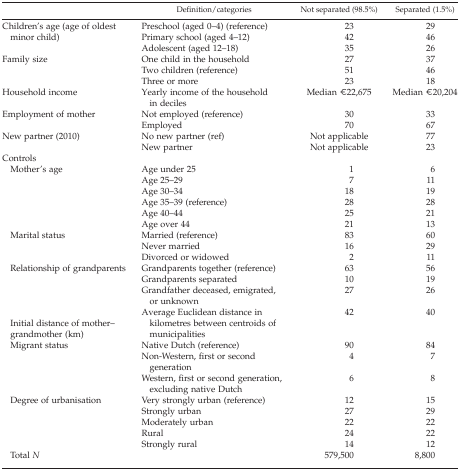
|  | Definition/categories | Not separated (98.5%) | Separated (1.5%) |
 | --- | --- | --- | --- |
 | <ROWSPAN=3> Children's age (age of oldest minor child) | Preschool (aged 0–4) (reference) | 23 | 29 |
 | Primary school (aged 4–12) | 42 | 46 |
 | Adolescent (aged 12–18) | 35 | 26 |
 | <ROWSPAN=3> Family size | One child in the household | 27 | 37 |
 | Two children (reference) | 51 | 46 |
 | Three or more | 23 | 18 |
 | Household income | Yearly income of the household in deciles | Median €22,675 | Median €20,204 |
 | <ROWSPAN=2> Employment of mother | Not employed (reference) | 30 | 33 |
 | Employed | 70 | 67 |
 | <ROWSPAN=2> New partner (2010) | No new partner (ref) | Not applicable | 77 |
 | New partner | Not applicable | 23 |
 | Controls |  |  |  |
 | Mother's age | Age under 25 | 1 | 6 |
 |  | Age 25–29 | 7 | 11 |
 |  | Age 30–34 | 18 | 19 |
 |  | Age 35–39 (reference) | 28 | 28 |
 |  | Age 40–44 | 25 | 21 |
 |  | Age over 44 | 21 | 13 |
 | Marital status | Married (reference) | 83 | 60 |
 |  | Never married | 16 | 29 |
 |  | Divorced or widowed | 2 | 11 |
 | Relationship of grandparents | Grandparents together (reference) | 63 | 56 |
 |  | Grandparents separated | 10 | 19 |
 |  | Grandfather deceased, emigrated, or unknown | 27 | 26 |
 | Initial distance of mother–grandmother (km) | Average Euclidean distance in kilometres between centroids of municipalities | 42 | 40 |
 | Migrant status | Native Dutch (reference) | 90 | 84 |
 |  | Non‐Western, first or second generation | 4 | 7 |
 |  | Western, first or second generation, excluding native Dutch | 6 | 8 |
 | Degree of urbanisation | Very strongly urban (reference) | 12 | 15 |
 |  | Strongly urban | 27 | 29 |
 |  | Moderately urban | 22 | 22 |
 |  | Rural | 24 | 22 |
 |  | Strongly rural | 14 | 12 |
 | Total N |  | 579,500 | 8,800 |